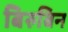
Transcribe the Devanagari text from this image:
बिरुबिन